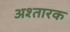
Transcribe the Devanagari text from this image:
अश्तारक